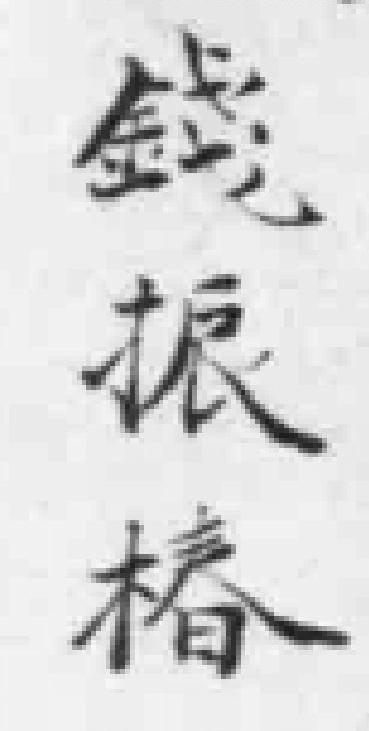
錢振椿